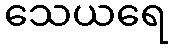
သေယရေ